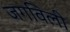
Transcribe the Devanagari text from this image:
जगविली